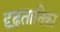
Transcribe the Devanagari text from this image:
दृढ़तानिका